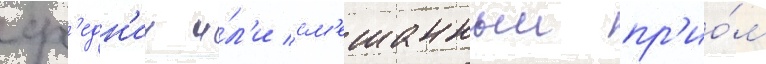
ср'едн'ии и́л'и см'ешанныи пр'ио́м